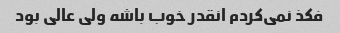
فکذ نمی‌کردم انقدر خوب باشه ولی عالی بود